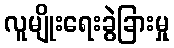
လူမျိုးရေးခွဲခြားမှု